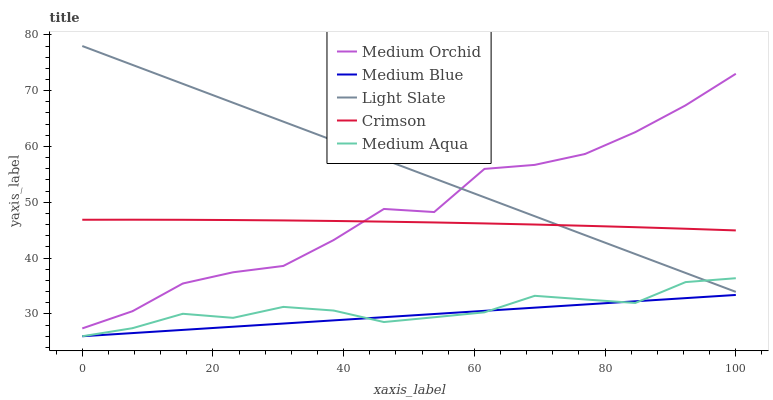
| xaxis_label | Medium Orchid | Medium Blue | Light Slate | Crimson | Medium Aqua |
 | --- | --- | --- | --- | --- | --- |
 | 0 | 27.4 | 26 | 78 | 46.9 | 26 |
 | 7.69 | 30.5 | 26.6 | 74.6 | 46.9 | 27.4 |
 | 15.4 | 35.5 | 27.1 | 71.2 | 46.9 | 30 |
 | 23.1 | 37.5 | 27.7 | 67.8 | 46.8 | 29.3 |
 | 30.8 | 38.6 | 28.3 | 64.4 | 46.8 | 31.3 |
 | 38.5 | 43.2 | 28.8 | 61.1 | 46.7 | 30.6 |
 | 46.2 | 48.8 | 29.4 | 57.7 | 46.5 | 28.5 |
 | 53.8 | 48.3 | 30 | 54.3 | 46.4 | 29.4 |
 | 61.5 | 56 | 30.6 | 50.9 | 46.2 | 30.3 |
 | 69.2 | 56.7 | 31.1 | 47.5 | 46 | 33.2 |
 | 76.9 | 58.7 | 31.7 | 44.1 | 45.8 | 32.6 |
 | 84.6 | 62.6 | 32.3 | 40.7 | 45.5 | 32 |
 | 92.3 | 67.4 | 32.8 | 37.3 | 45.3 | 35.7 |
 | 100 | 73 | 33.4 | 34 | 45 | 36.4 |